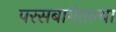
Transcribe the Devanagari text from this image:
परसबागेतल्या